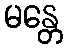
မန္တေ